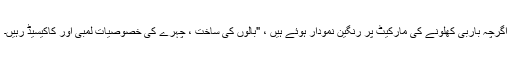
اگرچہ باربی کھلونے کی مارکیٹ پر رنگین نمودار ہوئے ہیں ، "بالوں کی ساخت ، چہرے کی خصوصیات لمبی اور کاکیسیڈ رہیں۔